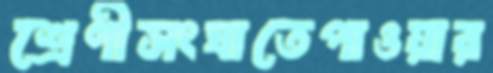
শ্রেণীসংঘাতেপাওয়ার